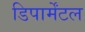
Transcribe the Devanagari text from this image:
डिपार्मेंटल